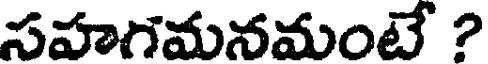
సహగమనమంటే ?